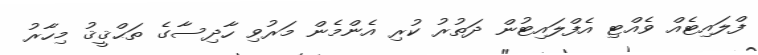
ފްލައިޓެއް ވެއްޓި އެފްލައިޓުން ދަތުރު ކުރި އެންމެން މަރުވި ހާދިސާގެ ތަޙްޤީޤު މިހާރު